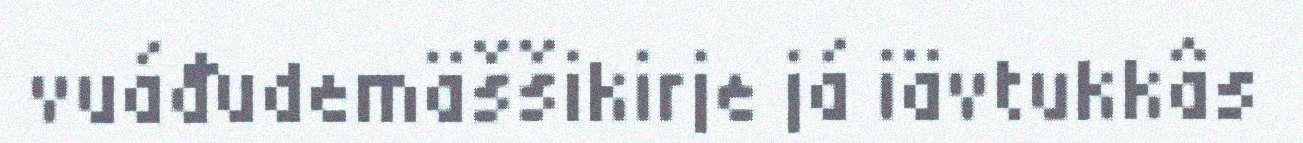
vuáđudemäššikirje já iävtukkâs